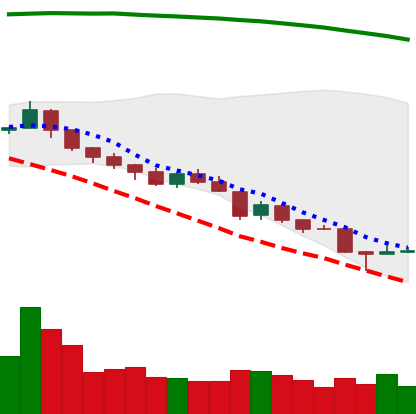
Ticker: TRX-USD
Chart end date: 2018-08-16
Forward return: 7.592%
Label: up_7plus